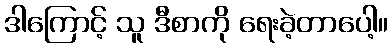
ဒါကြောင့် သူ ဒီစာကို ရေးခဲ့တာပေါ့။